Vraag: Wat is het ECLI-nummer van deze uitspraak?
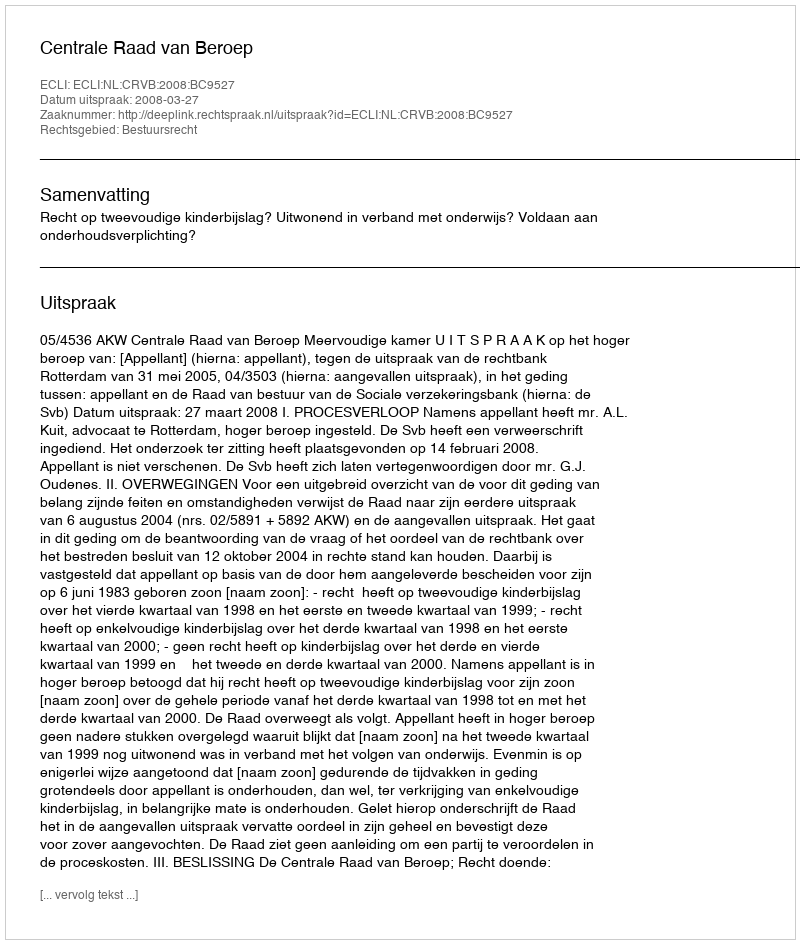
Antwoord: ECLI:NL:CRVB:2008:BC9527